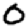
Digit: 0